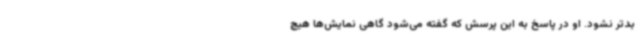
بدتر نشود. او در پاسخ به این پرسش که گفته می‌شود گاهی نمایش‌ها هیچ